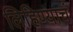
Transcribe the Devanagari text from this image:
लिहिण्याचं